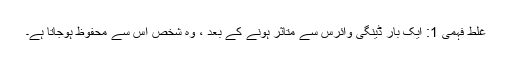
غلط فہمی 1: ایک بار ڈینگی وائرس سے متاثر ہونے کے بعد ، وہ شخص اس سے محفوظ ہوجاتا ہے۔